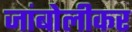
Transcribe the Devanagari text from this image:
जांबोलीकर